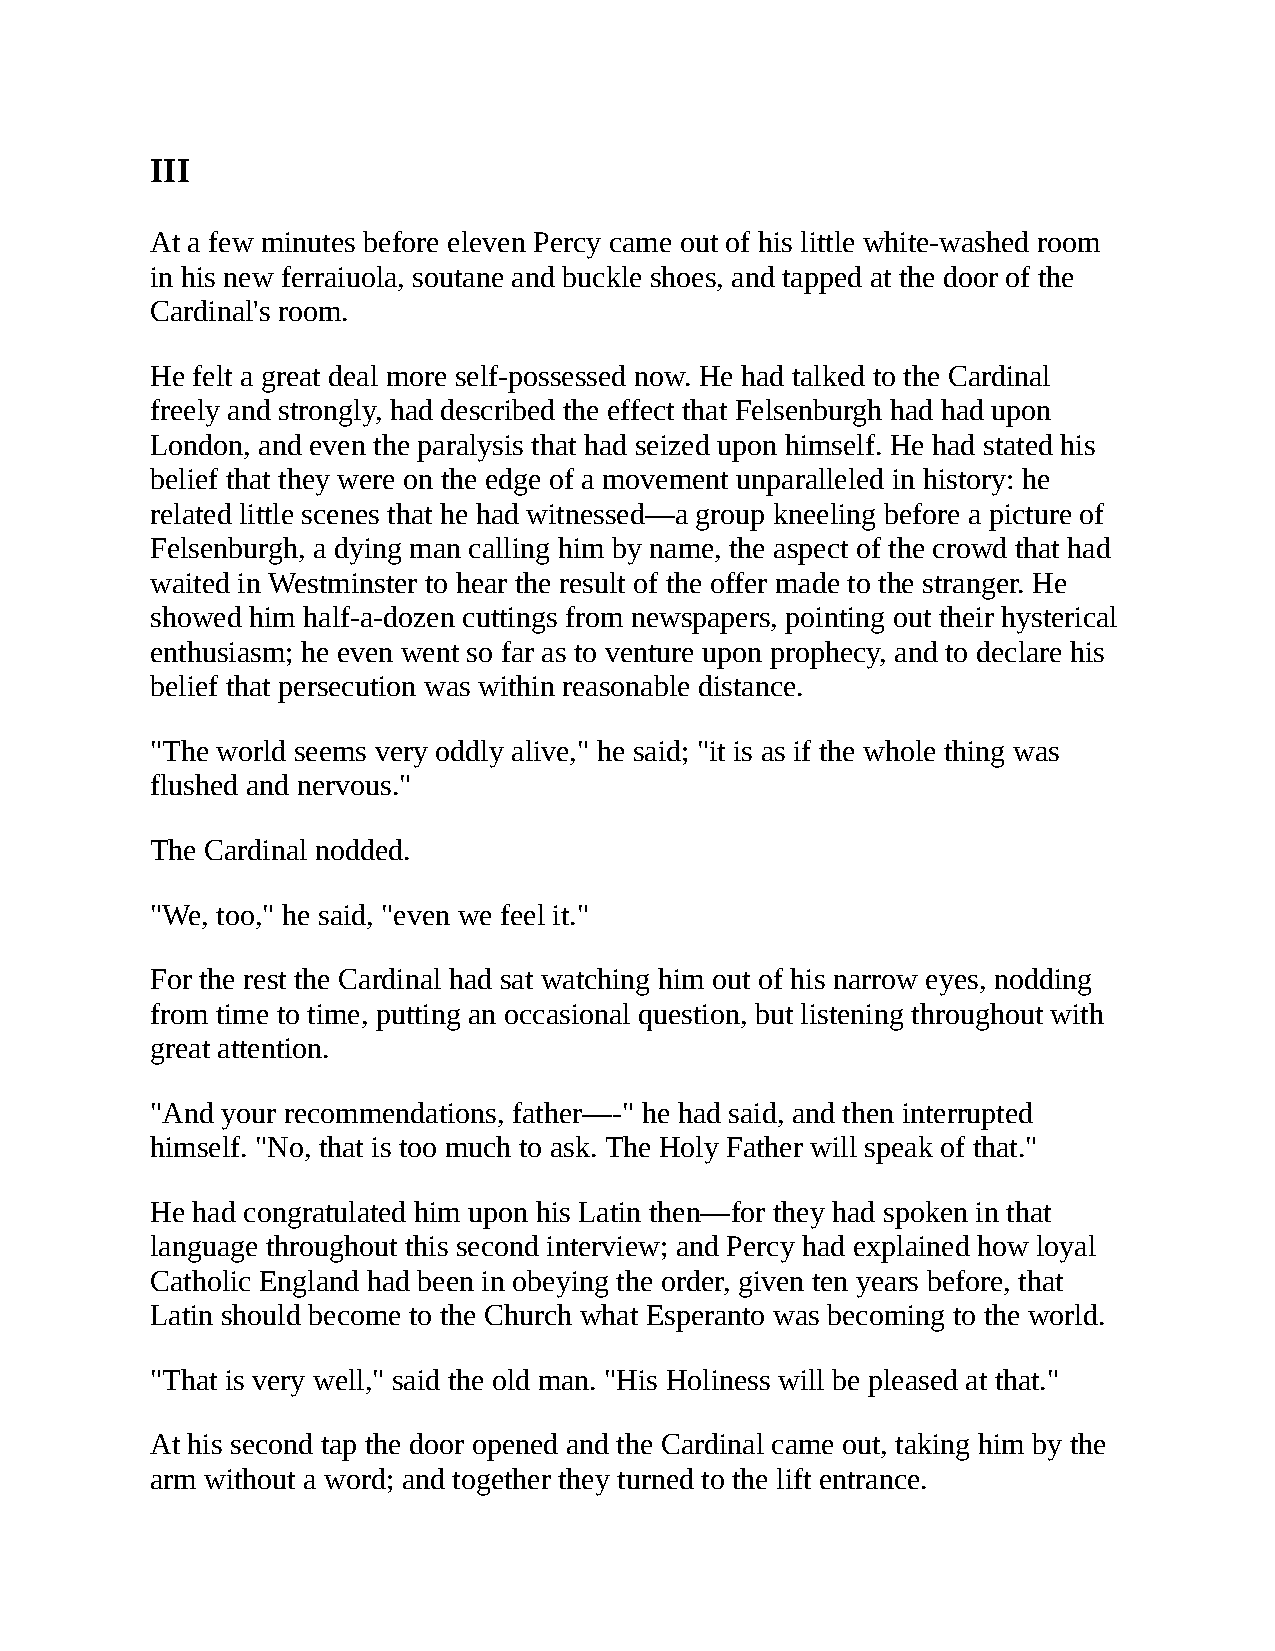
III
 At a few minutes before eleven Percy came out of his little white-washed room
 in his new ferraiuola, soutane and buckle shoes, and tapped at the door of the
 Cardinal's room.
 He felt a great deal more self-possessed now. He had talked to the Cardinal
 freely and strongly, had described the effect that Felsenburgh had had upon
 London, and even the paralysis that had seized upon himself. He had stated his
 belief that they were on the edge of a movement unparalleled in history: he
 related little scenes that he had witnessed—a group kneeling before a picture of
 Felsenburgh, a dying man calling him by name, the aspect of the crowd that had
 waited in Westminster to hear the result of the offer made to the stranger. He
 showed him half-a-dozen cuttings from newspapers, pointing out their hysterical
 enthusiasm; he even went so far as to venture upon prophecy, and to declare his
 belief that persecution was within reasonable distance.
 "The world seems very oddly alive," he said; "it is as if the whole thing was
 flushed and nervous."
 The Cardinal nodded.
 "We, too," he said, "even we feel it."
 For the rest the Cardinal had sat watching him out of his narrow eyes, nodding
 from time to time, putting an occasional question, but listening throughout with
 great attention.
 "And your recommendations, father—-" he had said, and then interrupted
 himself. "No, that is too much to ask. The Holy Father will speak of that."
 He had congratulated him upon his Latin then—for they had spoken in that
 language throughout this second interview; and Percy had explained how loyal
 Catholic England had been in obeying the order, given ten years before, that
 Latin should become to the Church what Esperanto was becoming to the world.
 "That is very well," said the old man. "His Holiness will be pleased at that."
 At his second tap the door opened and the Cardinal came out, taking him by the
 arm without a word; and together they turned to the lift entrance.